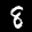
Label: 8